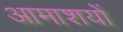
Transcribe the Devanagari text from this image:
आमाशयों